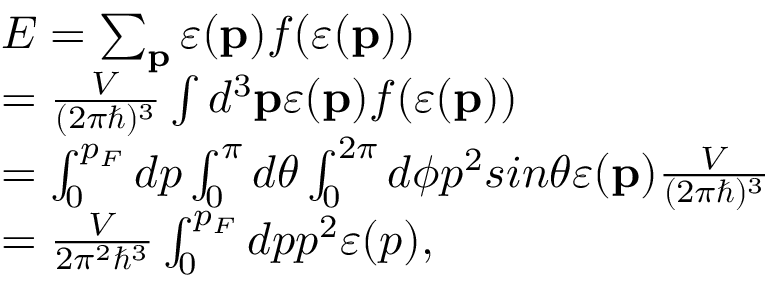
\begin{array} { l } { E = \sum _ { \mathbf { p } } \varepsilon ( \mathbf { p } ) f ( \varepsilon ( \mathbf { p } ) ) } \\ { = \frac { V } { ( 2 \pi \hbar ) ^ { 3 } } \int d ^ { 3 } \mathbf { p } \varepsilon ( \mathbf { p } ) f ( \varepsilon ( \mathbf { p } ) ) } \\ { = \int _ { 0 } ^ { p _ { F } } d p \int _ { 0 } ^ { \pi } d \theta \int _ { 0 } ^ { 2 \pi } d \phi p ^ { 2 } s i n \theta \varepsilon ( \mathbf { p } ) \frac { V } { ( 2 \pi \hbar ) ^ { 3 } } } \\ { = \frac { V } { 2 \pi ^ { 2 } \hbar ^ { 3 } } \int _ { 0 } ^ { p _ { F } } d p p ^ { 2 } \varepsilon ( p ) , } \end{array}